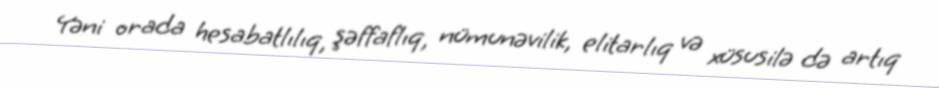
Yəni orada hesabatlılıq, şəffaflıq, nümunəvilik, elitarlıq və xüsusilə də artıq